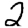
Digit: 2